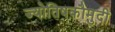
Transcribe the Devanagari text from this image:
ज्योतिषकौमुदी